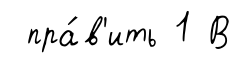
пра́в'ить 1 В